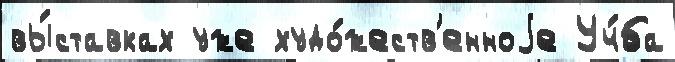
вы́ставках уже худо́жеств'енноjе Уч́ба